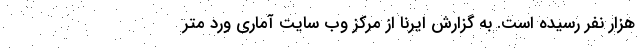
هزار نفر رسیده است. به گزارش ایرنا از مرکز وب سایت آماری ورد متر